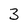
Character: 3